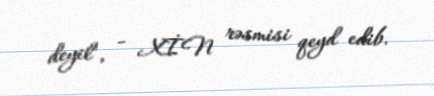
deyil", - XİN rəsmisi qeyd edib.